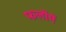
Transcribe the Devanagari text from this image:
फलोंमें